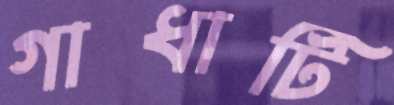
গাধাটি